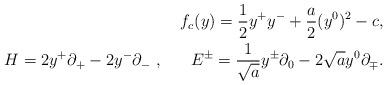
LaTeX: \begin{align*} f_c(y)=\frac{1}{2}y^+y^-+\frac{a}{2}(y^0)^2-c,\\ H=2y^+\partial_+-2y^-\partial_-~,~~~~~ E^\pm=\frac{1}{\sqrt{a}}y^\pm\partial_0-2\sqrt{a}y^0\partial_\mp.\end{align*}